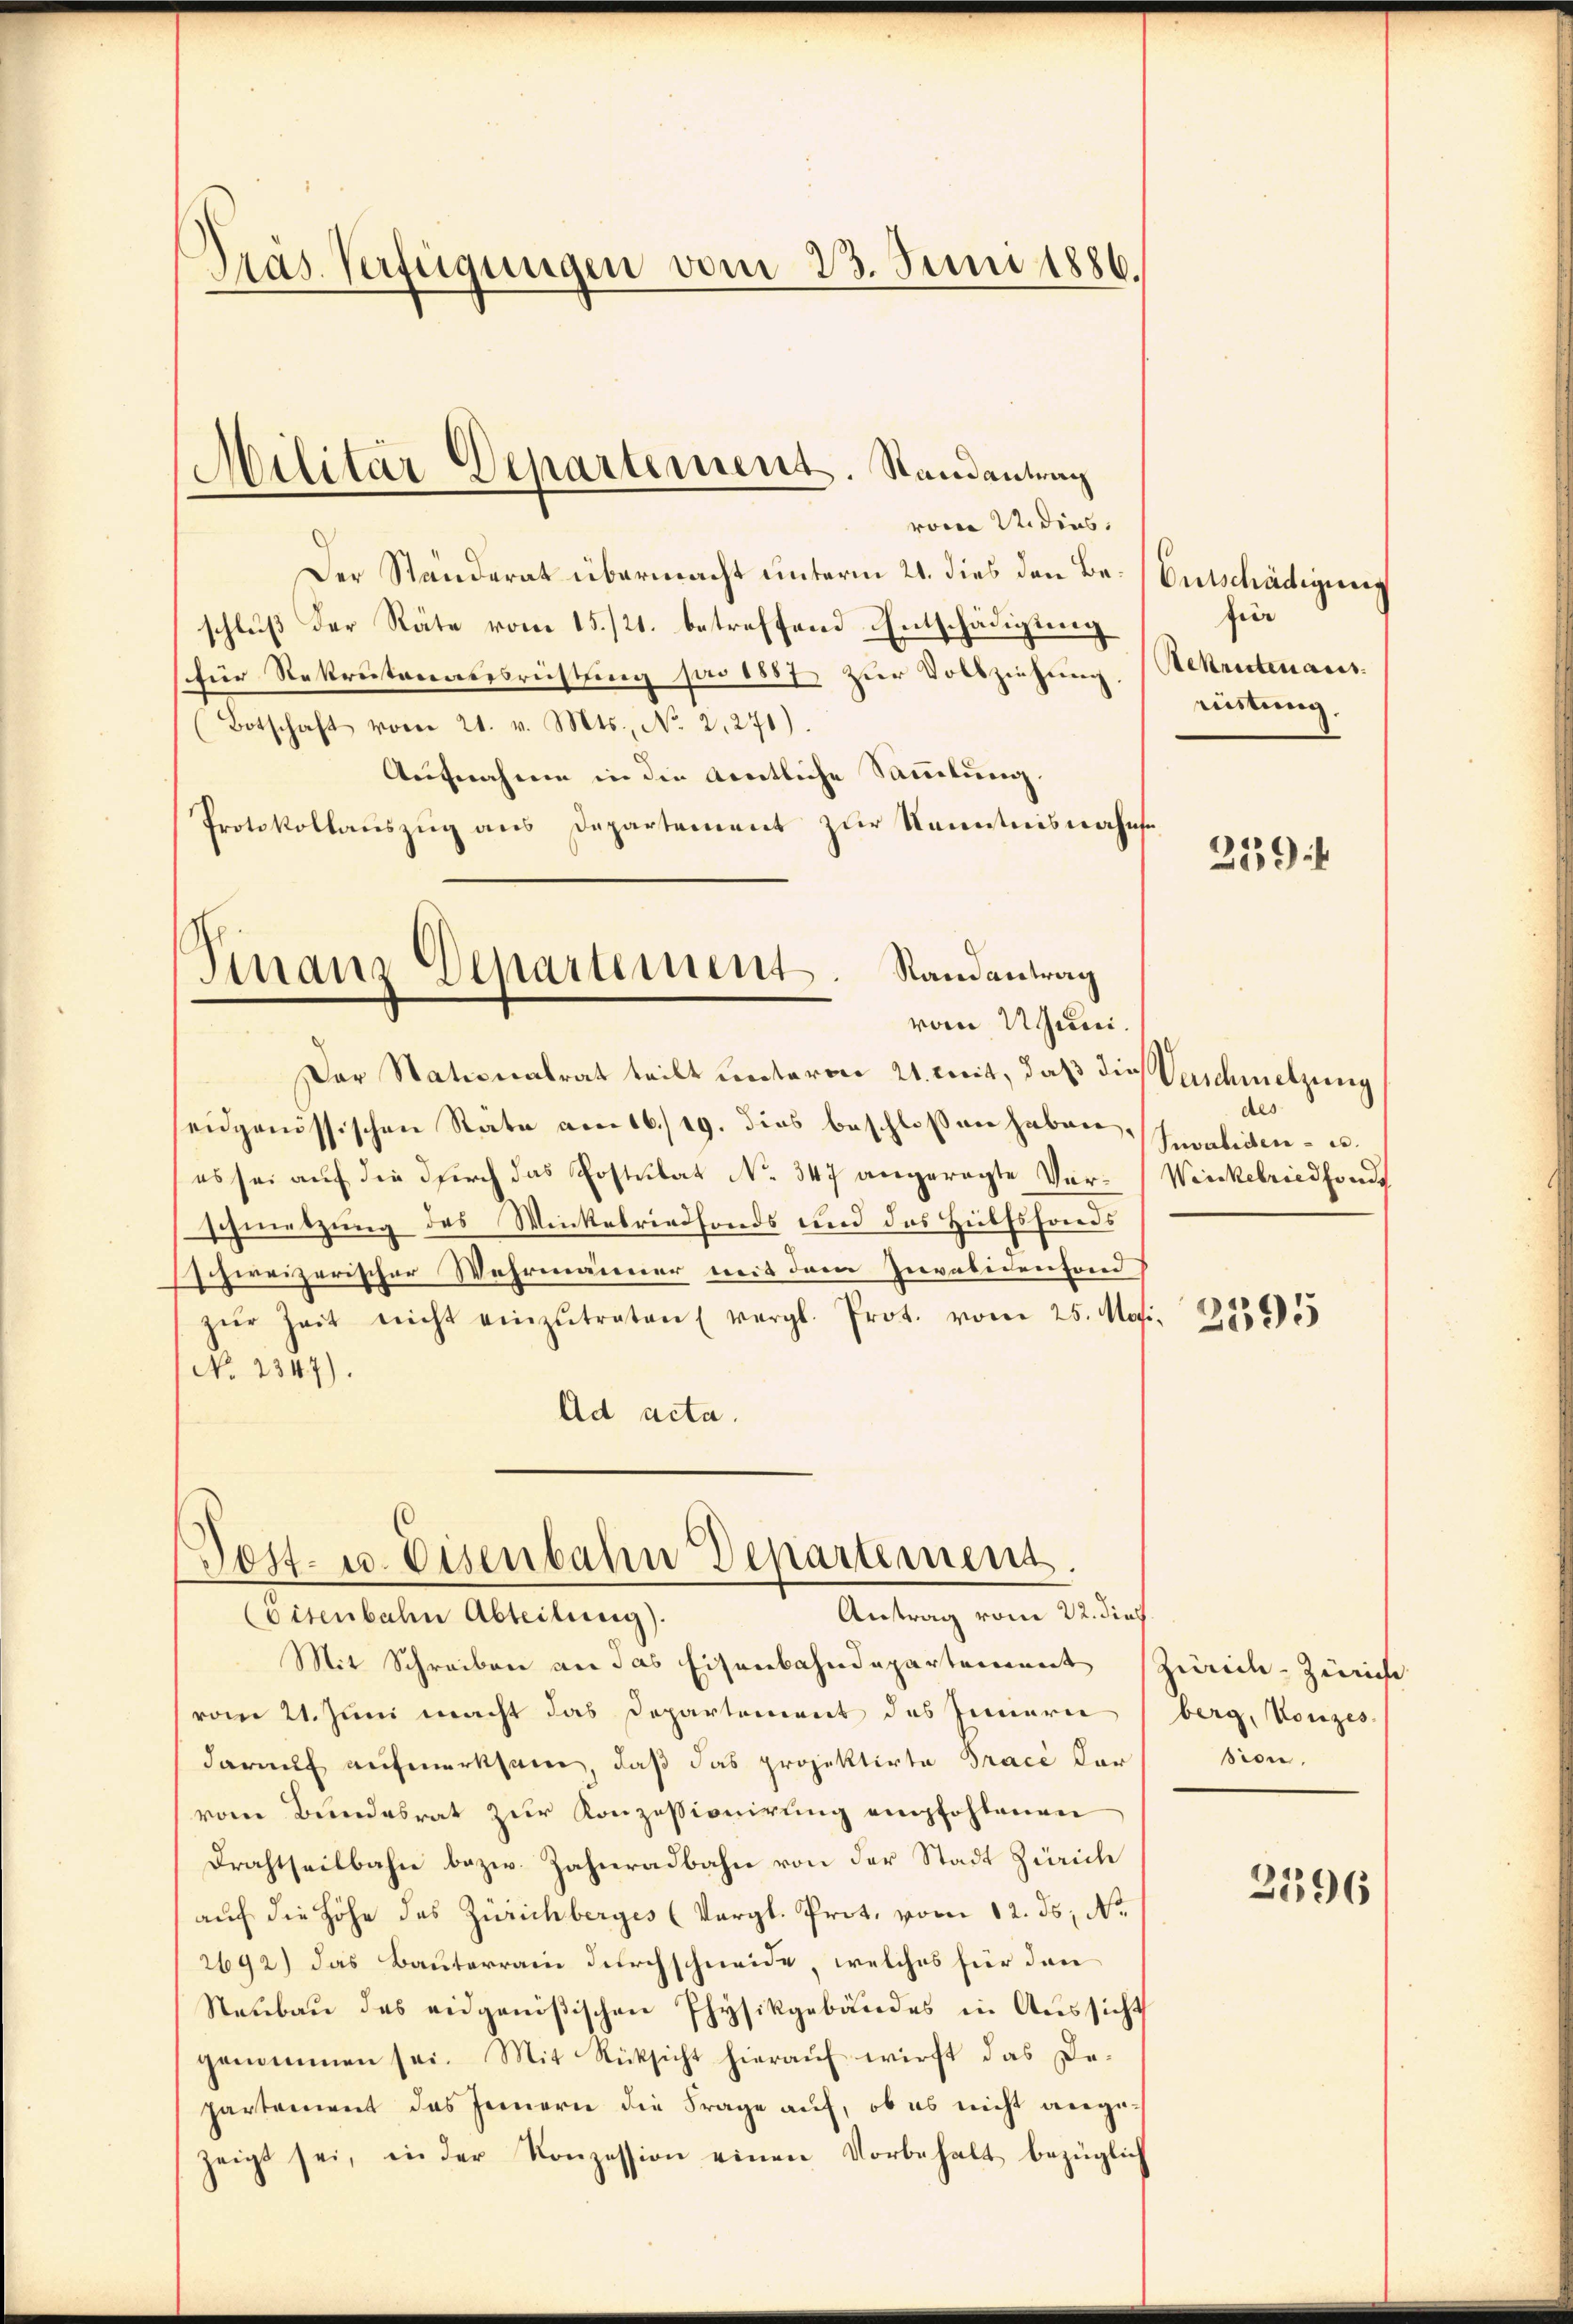
Dras Verfügungen vom 23. Juni 1886.

Militär-Departement. Randantrag

von Sei dies
Der Ständerat übermacht unterm 21. dies den Beschluß der Räte vom 15./21. betreffend Entschädigung
(für Rekrutenausrüstung pro 1887 zur Vollziehung,
(Botschaft vom 21. v. Mts., No. 21271).
Aufnahme in die Aentliche Sammlung.
Protokollauszug aus Departement zur Kenntnisnahme¬
Finanz Departement. Randantrag
vom Uuni.
Der Stationalrat teilt unterm 21. mit, daß die Verschmetzung
eidgenössischen Rate am 16./19. dies beschloßen haben Invaliden- u.
es sei auf die durch das Postulat No 347 angeregte Verschmetzung des Winkelriedfonds und des Hülfsfonds
schweizerischer Wahrmänner mit dem Invalidenfond
zŭr Zeit nicht einzŭtreten (vergl. Prot. vom 25. Mai. 233555
No. 2347).
Ad acta.

Post- u. Eisenbahn Departement
Antrag vom 22. dies
Coisenbahn Abteilung).

Mit Schreiben an das Eisenbahndepartement Zürich-Zünde
vom 21. Juni macht das Departement des Innern
darauf aufmerksam, daß das projektirte Tracé dar
vom Bundesrat zur Konzessionirung empfohlenen
Drahtseitbahn bezw. Zahnradbahn von der Stadt Zürich
auf die Höhe des Zürichberges (Vergl. Prot. vom 12. ds. No
2692) das Bauterrain durchschneide, welches für den
Neŭbaŭ des eidgenößischen Physikgebäudes in Aussicht
genommen sei. Mit Rücksicht hierauf wirst das Departement das Innern die Frage auf, ob es nicht angezeigt sei, in der Konzession einen Vorbehalt bezüglich

Entschädigung
für
Rekrutenaues
mistung,

2539

des
Winkelriedhonde

berg, Konzes.
sion.

2396